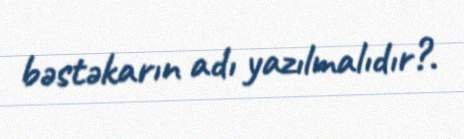
bəstəkarın adı yazılmalıdır?.